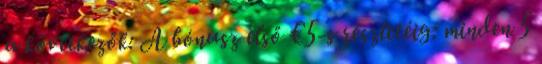
a következők: A bónusz első €5-s részletéig: minden 5